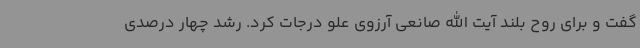
گفت و برای روح بلند آیت الله صانعی آرزوی علو درجات کرد. رشد چهار درصدی